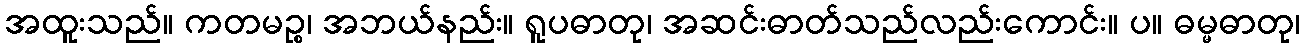
အထူးသည်။ ကတမဉ္စ၊ အဘယ်နည်း။ ရူပဓာတု၊ အဆင်းဓာတ်သည်လည်းကောင်း။ ပ။ ဓမ္မဓာတု၊